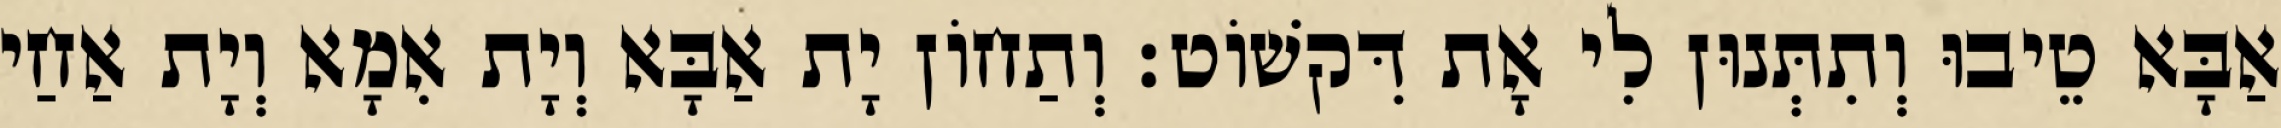
אַבָּא טֵיבוּ וְתִתְּנוּן לִי אָת דִּקשׁוֹט׃ וְתַחוֹן יָת אַבָּא וְיָת אִמָא וְיָת אַחַי